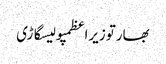
بھارتوزیراعظمپولیسگاڑی